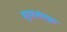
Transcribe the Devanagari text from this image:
गुणसंपन्ना